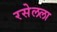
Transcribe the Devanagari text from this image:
रसेलला